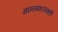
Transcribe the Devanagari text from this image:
मानसशास्त्रही